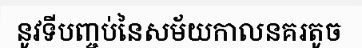
នូវទីបញ្ចប់នៃសម័យកាលនគរតូច